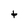
Character: t